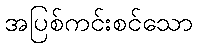
အပြစ်ကင်းစင်သော